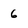
Character: 6